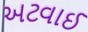
અટવાઈ